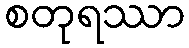
စတုရဿာ